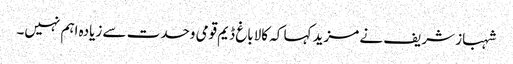
شہباز شریف نے مزید کہا کہ کالاباغ ڈیم قومی وحدت سے زیادہ اہم نہیں۔